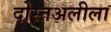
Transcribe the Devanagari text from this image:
दोस्तअलीला